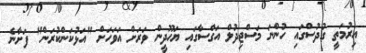
އިރުމަތީ ގުދުސްގައި ހުންނަ މަސްޖިދުލް އަގްސާގައި ޔަހޫދީން ވަރަށް އަވަހަށް "އަޅުކަންކުރަން" ފަށާނެ